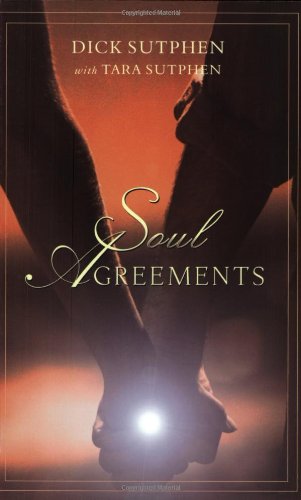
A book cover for Soul Agreements; Dick Sutphen; Religion & Spirituality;